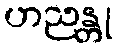
ဟညန္တု